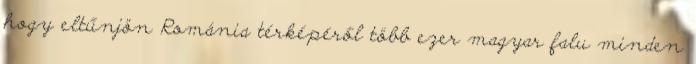
hogy eltűnjön Románia térképéről több ezer magyar falu minden